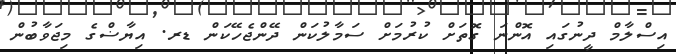
އިސްލާމް ދީނުގައި އޮންނަ ގޮތަށް ކުރުމަށް ސަމާލުކަން ދޭންޖެހޭކަން ޑރ. އިޔާޟްގެ މިޖަވާބުން